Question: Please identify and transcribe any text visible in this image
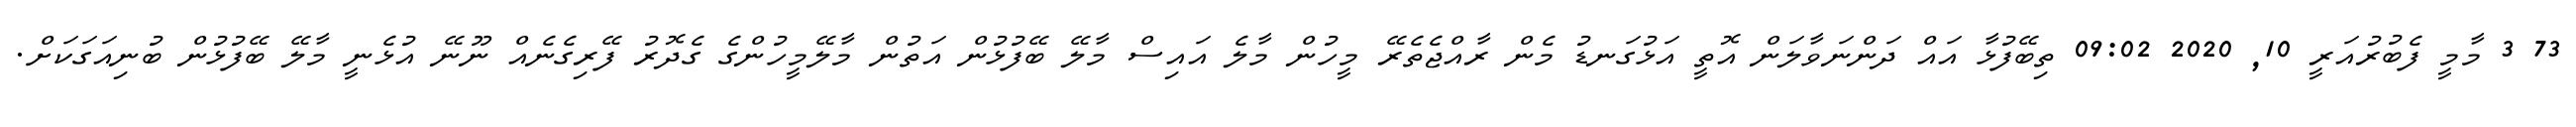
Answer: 73 3 މާމީ ފެބުރުއަރީ 10, 2020 09:02 ތިބޭފުޅާ އައް ދަންނަވާލަން އޮތީ އަޅުގަނޑު މެން ރާއްޖެތެރޭ މީހުން މާލެ އައިސް މާލޭ ބޭފުޅުން އަތުން މާލޭމީހުންގެ ގެދޮރު ފޭރިގެނެއް ނޫނޭ އުޅެނީ މާލޭ ބޭފުޅުން ބުނިއަގަކަށް.